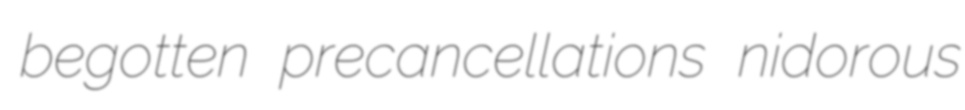
begotten precancellations nidorous